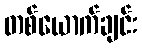
တစ်ယောက်ချင်း